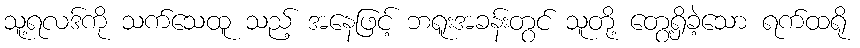
သူ့ရလဒ်ကို သက်သေထူ သည့် အနေဖြင့် ဘရူးအခန်းတွင် သူတို့ တွေ့ရှိခဲ့သော ရက်ထရို